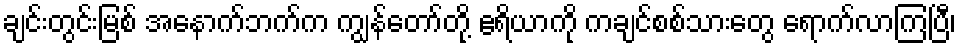
ချင်းတွင်းမြစ် အနောက်ဘက်က ကျွန်တော်တို့ ဧရိယာကို ကချင်စစ်သားတွေ ရောက်လာကြပြီ၊